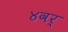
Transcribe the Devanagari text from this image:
४वर्